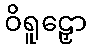
ဝိရူဠှော